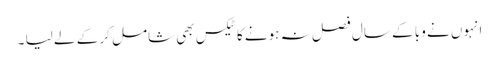
انہوں نے وبا کے سال فصل نہ ہونے کا ٹیکس بھی شامل کر کے لے لیا ۔